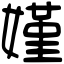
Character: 嫤